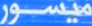
میسر